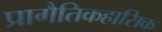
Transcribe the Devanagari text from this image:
प्रागैतिकहासिक